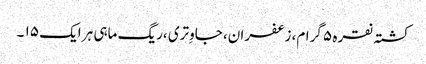
کشتہ نقرہ ۵ گرام، زعفران، جاوِتری ،ریگ ماہی ہر ایک ۱۵ ۔